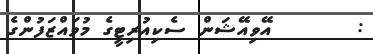
:       އޭވިއޭޝަން ސެކިއުރިޓީގެ މުވައްޒަފުންގެ